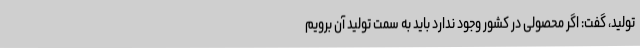
تولید، گفت: اگر محصولی در کشور وجود ندارد باید به سمت تولید آن برویم